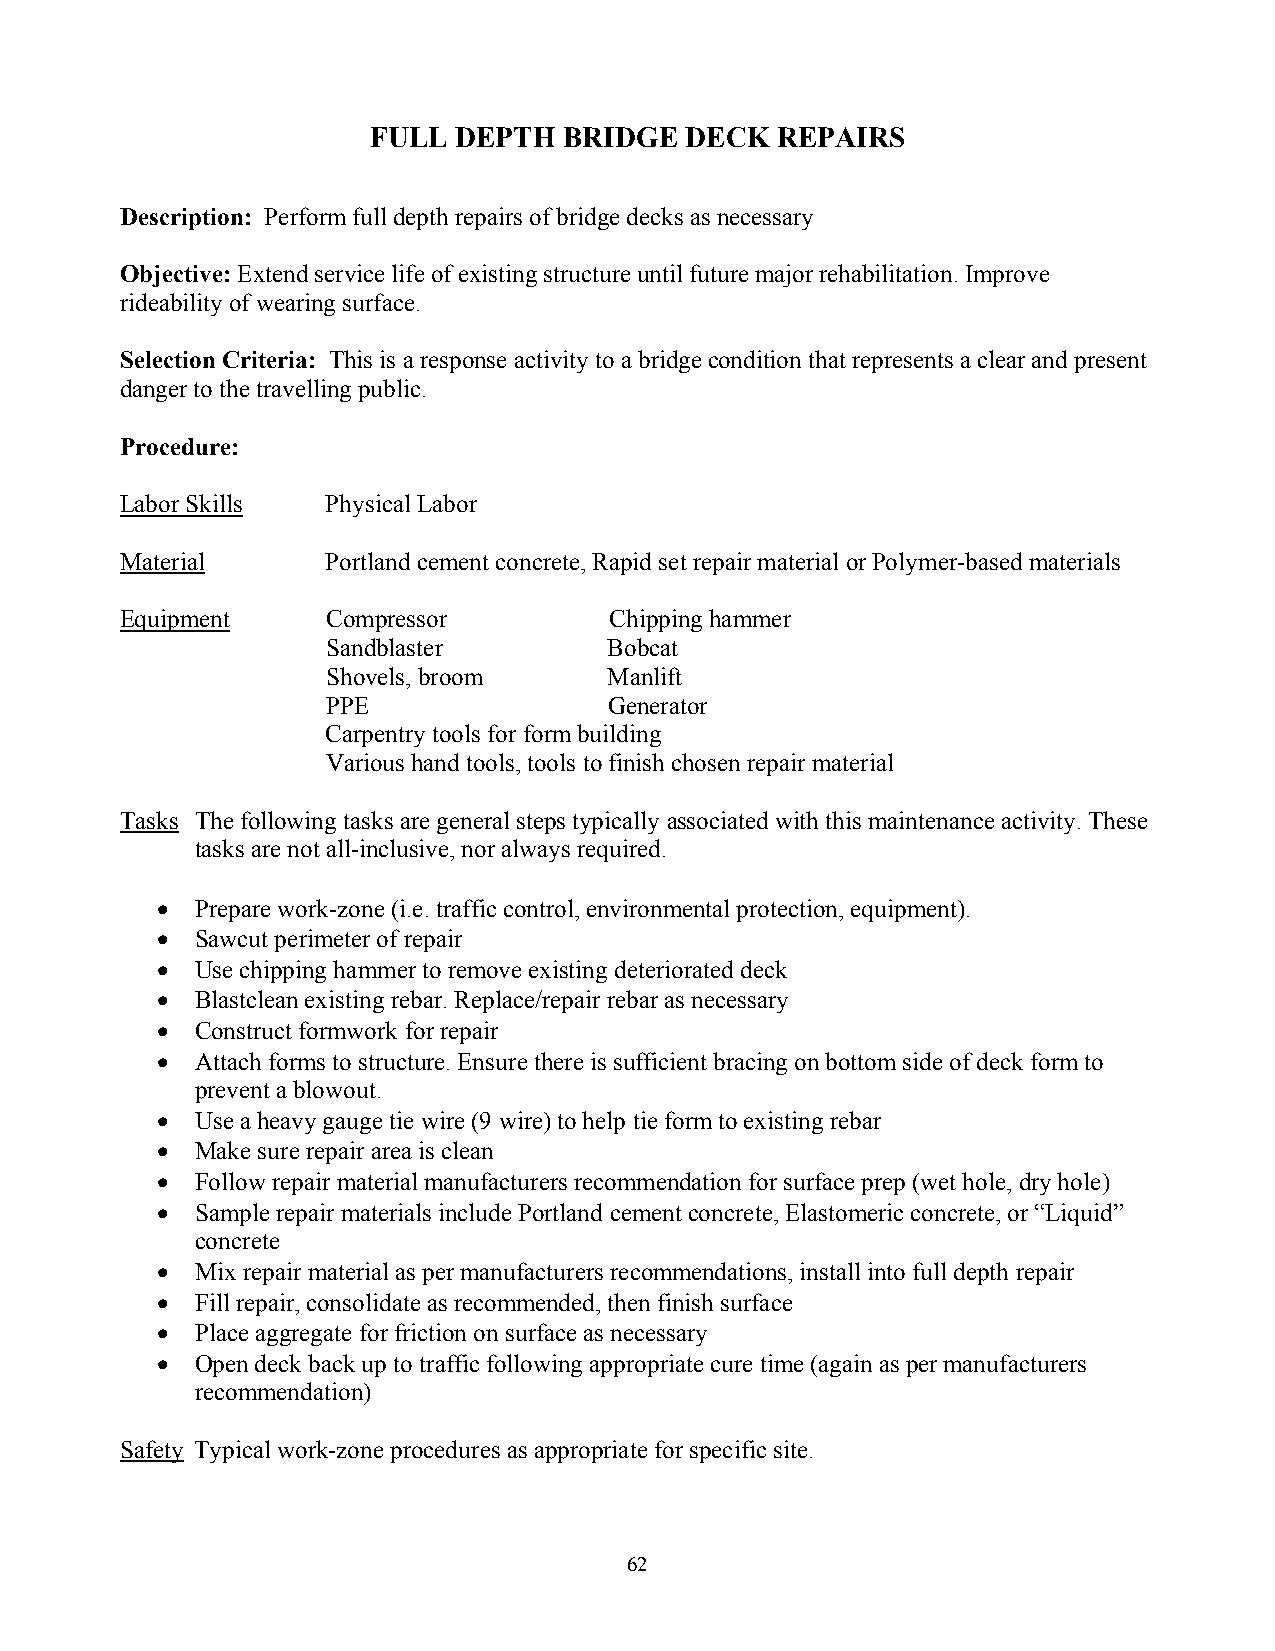
FULL DEPTH  BRIDGE  DECK  REPAIRS
 Description: Perform full depth repairs of bridge decks as necessary
 Objective: Extend service life of existing structure until future major rehabilitation. Improve
 rideability of wearing surface.
 Selection Criteria: This is a response activity to a bridge condition that represents a clear and present
 danger to the travelling public.
 Procedure:
 Labor Skills  Physical Labor
 Material      Portland cement concrete, Rapid set repair material or Polymer-based materials
 Equipment     Compressor        Chipping hammer
 Sandblaster       Bobcat
 Shovels, broom    Manlift
 PPE               Generator
 Carpentry tools for form building
 Various hand tools, tools to finish chosen repair material
 Tasks The following tasks are general steps typically associated with this maintenance activity. These
 tasks are not all-inclusive, nor always required.
 •  Prepare work-zone (i.e. traffic control, environmental protection, equipment).
 •  Sawcut perimeter of repair
 •  Use chipping hammer to remove existing deteriorated deck
 •  Blastclean existing rebar. Replace/repair rebar as necessary
 •  Construct formwork for repair
 •  Attach forms to structure. Ensure there is sufficient bracing on bottom side of deck form to
 prevent a blowout.
 •  Use a heavy gauge tie wire (9 wire) to help tie form to existing rebar
 •  Make sure repair area is clean
 •  Follow repair material manufacturers recommendation for surface prep (wet hole, dry hole)
 •  Sample repair materials include Portland cement concrete, Elastomeric concrete, or “Liquid”
 concrete
 •  Mix repair material as per manufacturers recommendations, install into full depth repair
 •  Fill repair, consolidate as recommended, then finish surface
 •  Place aggregate for friction on surface as necessary
 •  Open deck back up to traffic following appropriate cure time (again as per manufacturers
 recommendation)
 Safety Typical work-zone procedures as appropriate for specific site.
 62